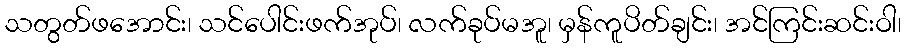
သတွတ်ဖအောင်း၊ သင်ပေါင်းဖက်အုပ်၊ လက်ခုပ်မအူ၊ မှန်ကူပိတ်ချင်း၊ အင်ကြင်းဆင်းဝါ၊